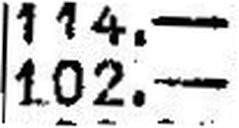
102.—